Medical and sanitary report of the native army of Madras for the year
Year: 1877
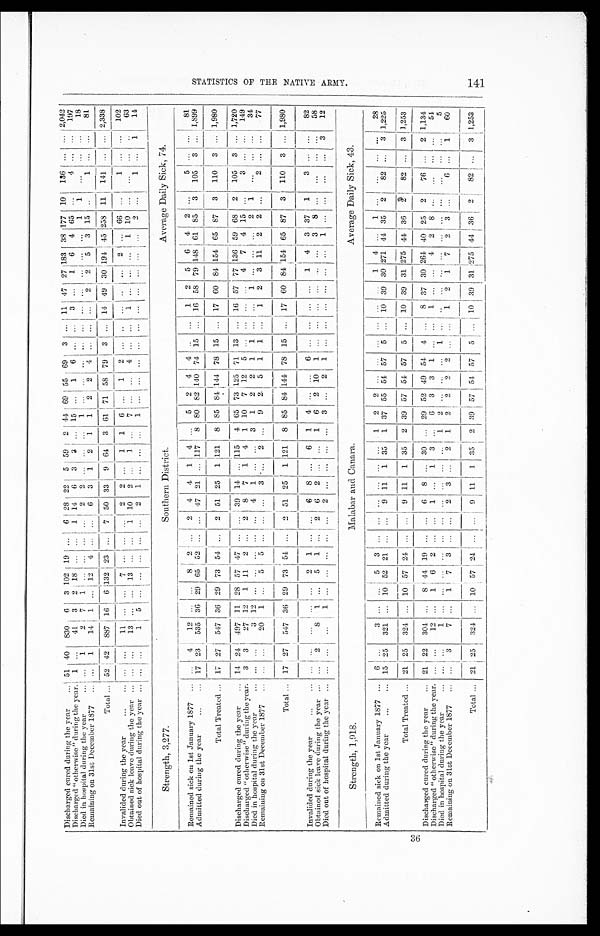
36
Discharged cured during the year . . .
51
40
830
6
3 102
19
. . .
6
28
2 2
5
59
2
44
69
55
69
3
. . .
11
47
27 183 38 177
10
136
. . . . . . 2,042
Discharged "otherwise" during the year.
1
. . .
41
3
2
18
. . .
. . .
1
14
6
3
3
. . .
15
. . .
1
6
. . .
. . .
3
. . .
1
6
4
65
. . .
4
. . .
. . .
197
Died in hospital during the year . . .
. . .
1
2
7
1
. . .
. . .
. . .
. . .
2
2
. . .
. . .
. . .
1
. . .
. . .
. . .
. . .
. . .
. . .. . .
. . .
. . .
. . .
1
1
. . .
. . .
. . .
18
Remaining on 31st December 1877 . . .
. . .
1
14
1
. . .
12
4
. . .
. . .
6
3
1
2
1
1
2
2
4
. . .
. . .
. . .
2
2
5
3
15
. . .
1
. . .
. . .
81
Total . . . 52 42
887
16
6 132
23
. . .
7
50
33
9
64
3
61
71
58
79
3
. . . 14
49
3 0
1 9 4
4 5 258
11
141
. . .
. . .
2,338
Invalided during the year . . .
. . .
. . .
1 1
. . . . . .
7
. . .
. . .
. . .
2
2
. . .
1
1
6
. . .
1
2
. . .
. . .
. . .. . .
. . .
2
. . .
6 6
. . .
1
. . .
. . .
102
Obtained sick leave during the year . . .
. . .
. . .
13
. . .
. . . 13
. . .
. . .
1
10
2
. . . 1
. . .
7
. . .
. . .
4
. . .
. . .
1
. . .
. . .
. . .
1
10
. . . . . .
. . .
. . .
63
Died out of hospital during the year . . .
. . .
. . .
1
5 . . .
. . .
. . .
. . .
. . .
2
1
. . .
. . .
. . .
1
. . .
. . .
. . .
. . .
. . . . . .
. . .
. . . . . .
. . .
2
. . .
1
. . .
1
14
Strength, 3,277.
Southern District.
Average Daily Sick, 74.
Remained sick on 1st January 1877
. . .
4
12
. . .
. . .
8
2
. . .
2
4
4
1
4
. . .
5
2
4
4
. . .
. . .
1
2
5
6
4
2
. . .
5
. . .
. . .
81
Admitted during the year . . .
17
23
535
36
29
65
52
. . . . . .
47
21 . . . 117
8
80
82 140
74
15
. . . 16
58
79 148 61
85
3
105
3 . . .
1,899
Total Treated . . .
17
27
547
36
29
73
54
. . .
2
51
25
1 121
8
85
84 144
78
15
. . .
17
60
84 154
65
87
3
110
3 . . .
1,980
Discharged cured during the year . . .
14
24
497
11
28
57
47
. . .
. . .
39
14
. . . 115
4
65
73 125
71
13
. . .
16
57
77 136
59
68
2
105
3
. . .
1,720
Discharged "otherwise" during the year.
3
3
27
12
1
11
2
. . .
2
8
7
1
4
1
10
7
12
5
. . .
. . .
. . .
. . .
4
7
4
15
. . .
3
. . .
. . .
149
. . .
. . .
3
12
. . .
. . .
. . .
. . .
. . .
4
1
. . .
. . .
3
1
2
2
1
1
. . .
. . .
1
. . .
. . .
. . .
2
1
. . .
. . .
. . .
34
Died in hospital during the year . . .
. . . . . .
20
1
. . .
5
5
. . .
. . .
. . .
3 . . .
2
. . .
9
2
5
1
1
. . .
1
2
3
11
2
2
. . .
2
. . .
. . .
77
Remaining on 31st December 1877 . . .
Total . . .
17
27
547
36
29
73
54
. . .
2
51
25
1 121
8
85
84 144
78
15
. . . 17
60
84 154
65
87
3
110
3
. . .
1,980
Invalided during the year . . .
. . .
. . .
. . .
. . .
. . .
2
1
. . .
. . .
6
8
. . .
6
1
4
. . . . . .
6
. . .
. . .
. . .
. . .
1
4
3
37
1
3
. . .
. . .
82
. . .
2
8
1
. . .
5
1
. . .
2
6
2
. . .
. . .
1
6
2
10
1
. . . . . .
. . .
. . .
. . .
. . .
3
8
. . .
. . .
. . .
. . .
58
Obtained sick leave during the year . . .
Died out of hospital during the year . . .
. . .
. . .
. . .
1
. . .
. . .
. . .
. . .
. . .
2 . . .
. . .
. . .
. . .
3 . . .
2
1
. . .. . .
. . .
. . .
. . .
. . .
1
. . .
. . .
. . .
. . .
3
12
Strength, 1,918.
Malabar and Canara.
Average Daily Sick, 43.
Remained sick on 1st January 1877 . . .
6
. . .
3
. . .
. . .
5
3
. . .
. . .
. . .
. . .
. . .
. . .
1
2
2
. . .
. . .. . .
. . .
. . .. . .
1
4
. . .
1
. . .
. . .
. . .
. . .
2 8
Admitted during; the year . . .
15
25
321
. . .
10 52
21
. . .
. . .
9
11
1
35
. . . 37
55
54
57
5
. . .
10
39
30 271
44
35
2
82
. . . 3 1,225
Total Treated . . .
21 25
324
. . .
10 57
24
. . .
. . . 9
11
1
35
2
39 57
54
57
5 . . .
10
39
31 275
44
36
2
82
. . .
3 1,253
Discharged cured during the year . . .
21
22
304
. . .
8
44
19
. . .
. . .
6
8
. . .
30
. . .
29
52
49
54
4
. . .
8
37
30 264
40
25
2
76
. . .
2 1,134
Discharged " otherwise" during the year.
. . .
. . .
12
. . .
1
6
2
. . .
. . .
1
. . .
1
3
. . .
6
3
3
1
. . .
. . .
1
. . .
. . .
4
2
8
. . .
. . .
. . .
. . .
54
Died in hospital during the year . . .
. . .
. . .
1
. . .. . .
. . .
. . .
. . .
. . .
. . .
. . .
. . .
. . .
1
2
. . .
. . .
. . .
1
. . .
. . .
. . .
. . .
. . .
. . .
. . .
. . .
. . .
. . .
. . .
5
Remaining on 31st December 1877 . . .
. . .
3
7
. . .
1
7
3
. . .
. . .
2
3
. . .
2
1
2
2
2
2
. . .
. . .
1
2
1
7
2
3
. . .
6
. . .
1
60
Total . . .
21
25
324
. . . 10
57
2
. . .
. . .
9 11
1
35
2
89
57 54
57
5
. . .
10
39
31 275
44
36
2
82
. . . 3 1.253
S T A T I S T I C S O F T H E N A T I V E A R M Y . 1 4 1